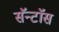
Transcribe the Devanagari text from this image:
सॅन्टाॅस